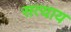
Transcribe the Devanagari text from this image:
सत्याय